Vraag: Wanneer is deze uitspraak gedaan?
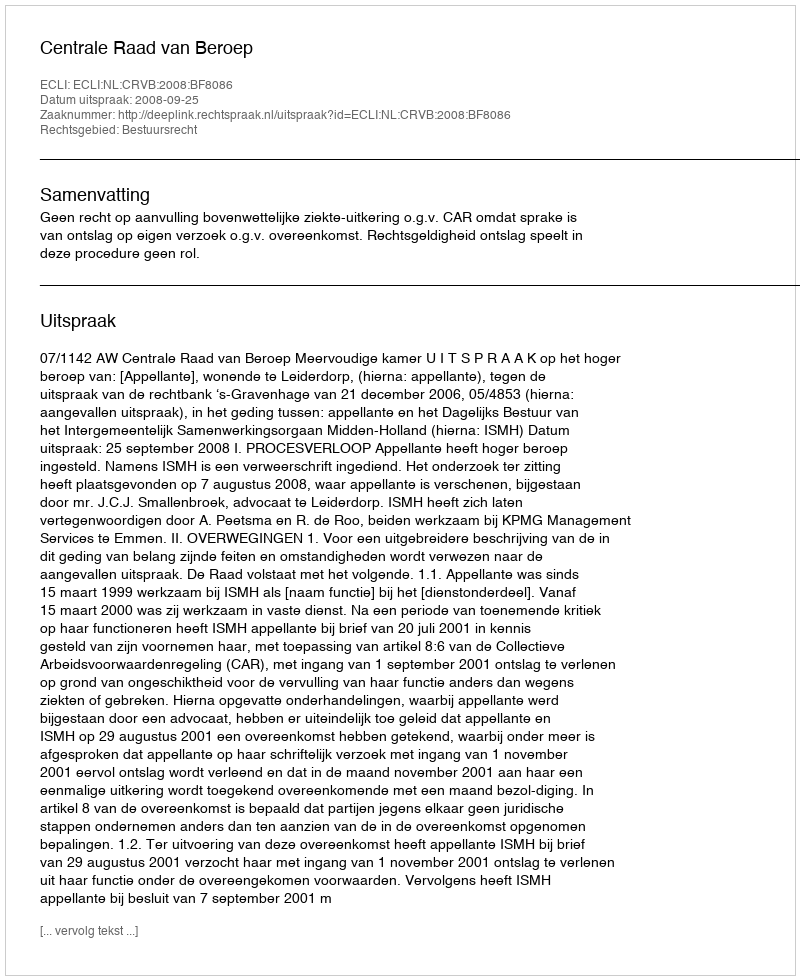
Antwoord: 2008-09-25